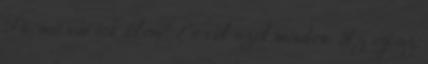
Fú. mit vártok tőlem? Erről szól minden. Az egész